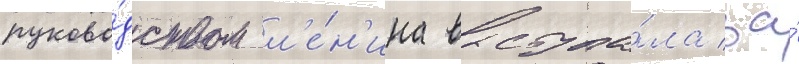
руково́дством л'е́н'ина выступа́ла за́